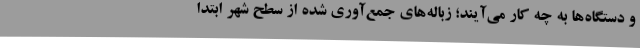
و دستگاه‌ها به چه کار می‌آیند؛ زباله‌های جمع‌آوری شده از سطح شهر ابتدا